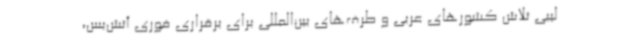
لیبی تلاش کشورهای عربی و طرف‌های بین‌المللی برای برقراری فوری آتش‌بس،